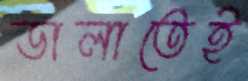
ডালাতেই